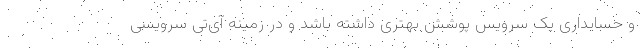
و حسابداری یک سرویس پوشش بهتری داشته باشد و در زمینه آی‌تی سرویسی